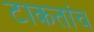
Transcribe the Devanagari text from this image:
टाकतांच